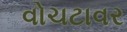
વોચટાવર